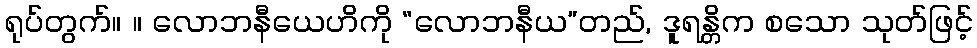
ရုပ်တွက်။ ။ လောဘနီယေဟိကို “လောဘနီယ”တည်, ဒူရန္တိက စသော သုတ်ဖြင့်